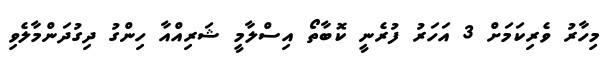
މިހާރު ވެރިކަމަށް 3 އަހަރު ފުރެނީ ކޮބާތޯ އިސްލާމީ ޝަރިއްއާ ހިންގު ދިގުދަންމާލެވި